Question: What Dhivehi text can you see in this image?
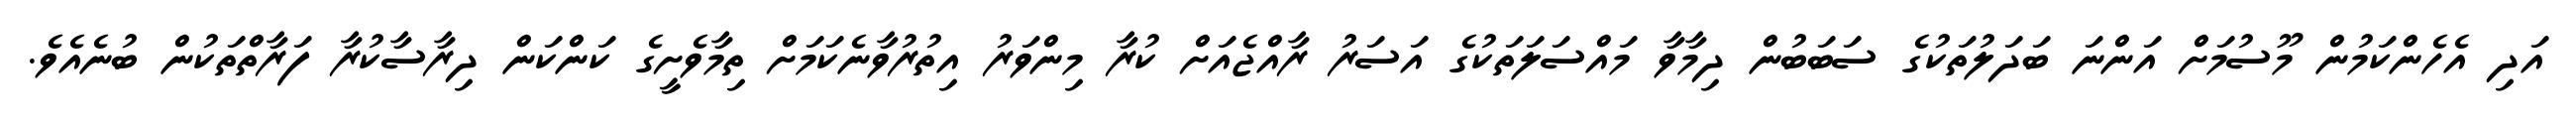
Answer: އަދި އެހެންކަމުން މޫސުމަށް އަންނަ ބަދަލުތަކުގެ ސަބަބުން ދިމާވާ މައްސަލަތަކުގެ އަސަރު ރާއްޖެއަށް ކުރާ މިންވަރު އިތުރުވާނެކަމަށް ތިމާވެށީގެ ކަންކަން ދިރާސާކުރާ ފަރާތްތަކުން ބުނެއެވެ.